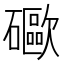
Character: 𥗄